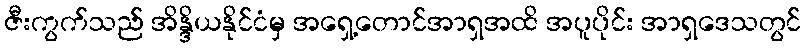
ဇီးကွက်သည် အိန္ဒိယနိုင်ငံမှ အရှေ့တောင်အာရှအထိ အပူပိုင်း အာရှဒေသတွင်